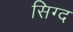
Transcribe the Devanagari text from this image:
सिग्द